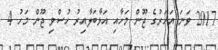
2017 ވަނަ އަހަރުގެ ޖޫން މަހާއި އަޅާބަލާއިރު ހުސްވި ޖޫން މަހު 4